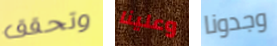
وتحقق وعلينا وجدونا